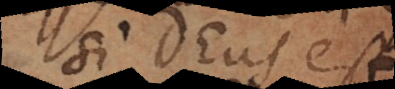
si Deus est